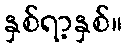
နှစ်ရာ့နှစ်။